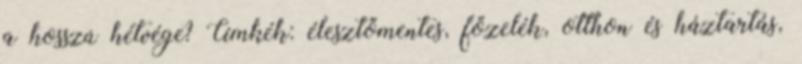
a hosszú hétvége? Címkék: élesztőmentes, főzelék, otthon és háztartás,